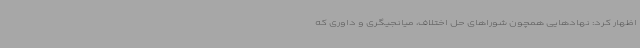
اظهار کرد: نهادهایی همچون شوراهای حل اختلاف، میانجیگری و داوری که